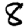
Digit: 8